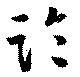
臨